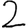
Digit: 2